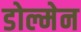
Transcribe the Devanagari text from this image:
डोल्मेन